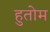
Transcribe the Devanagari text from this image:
हुतोम